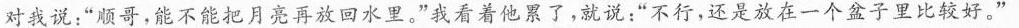
对我说：”顺哥，能不能把月亮再放回水里。”我看着他累了，就说：”不行，还是放在一个盆子里比较好。”